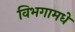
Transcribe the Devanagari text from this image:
विभगामधे